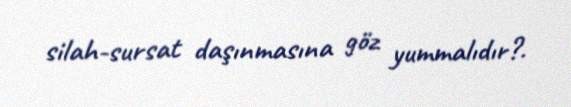
silah-sursat daşınmasına göz yummalıdır?.